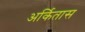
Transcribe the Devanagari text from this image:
अर्कितास